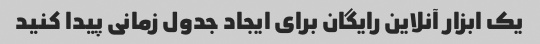
یک ابزار آنلاین رایگان برای ایجاد جدول زمانی پیدا کنید